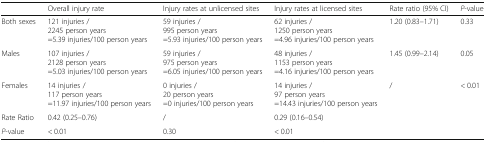
|  | Overall injury rate | Injury rates at unlicensed sites | Injury rates at licensed sites | Rate ratio (95% CI) | P-value |
 | --- | --- | --- | --- | --- | --- |
 | Both sexes | 121 injuries /2245 person years=5.39 injuries/100 person years | 59 injuries /995 person years=5.93 injuries/100 person years | 62 injuries /1250 person years=4.96 injuries/100 person years | 1.20 (0.83–1.71) | 0.33 |
 | Males | 107 injuries /2128 person years=5.03 injuries/100 person years | 59 injuries /975 person years=6.05 injuries/100 person years | 48 injuries /1153 person years=4.16 injuries/100 person years | 1.45 (0.99–2.14) | 0.05 |
 | Females | 14 injuries /117 person years=11.97 injuries/100 person years | 0 injuries /20 person years=0 injuries/100 person years | 14 injuries /97 person years=14.43 injuries/100 person years | / | < 0.01 |
 | Rate Ratio | 0.42 (0.25–0.76) | / | 0.29 (0.16–0.54) |  |  |
 | P-value | < 0.01 | 0.30 | < 0.01 |  |  |